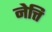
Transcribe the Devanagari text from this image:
नेत्ति